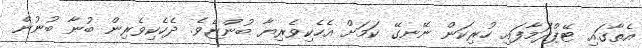
އެތާގައި ޓޭޕްދަމާފައި ހުރިކަން ނޭނގޭ ކަމަށް އެހެކިވެރިޔާ ބުންޏެވެ. ދެހެކިވެރިން ބުނާ ބުނުން